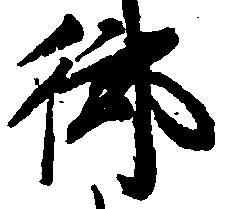
御